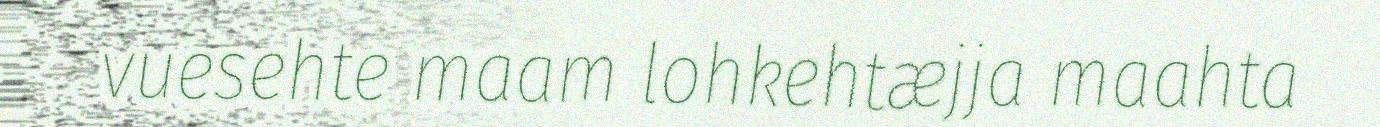
vuesehte maam lohkehtæjja maahta